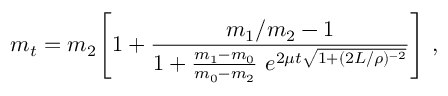
m _ { t } = m _ { 2 } \Bigg [ 1 + \frac { m _ { 1 } / m _ { 2 } - 1 } { 1 + \frac { m _ { 1 } - m _ { 0 } } { m _ { 0 } - m _ { 2 } } \ e ^ { 2 \mu t \sqrt { 1 + ( 2 L / \rho ) ^ { - 2 } } } } \Bigg ] \ ,